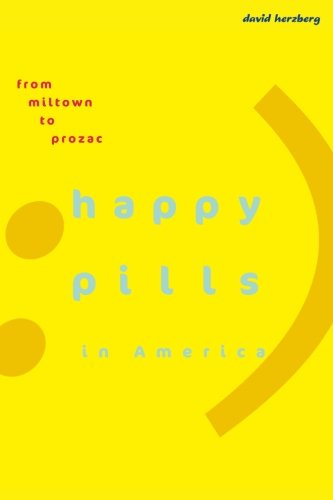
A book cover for Happy Pills in America: From Miltown to Prozac; David Herzberg; Health, Fitness & Dieting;